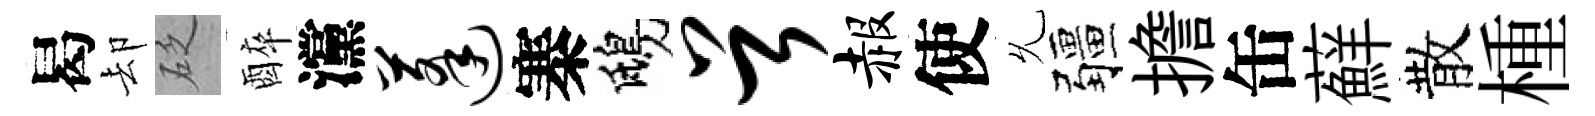
曷却砭醉灙蓬寨鴟首赧使𠃔疆擔缶蘚散㮔